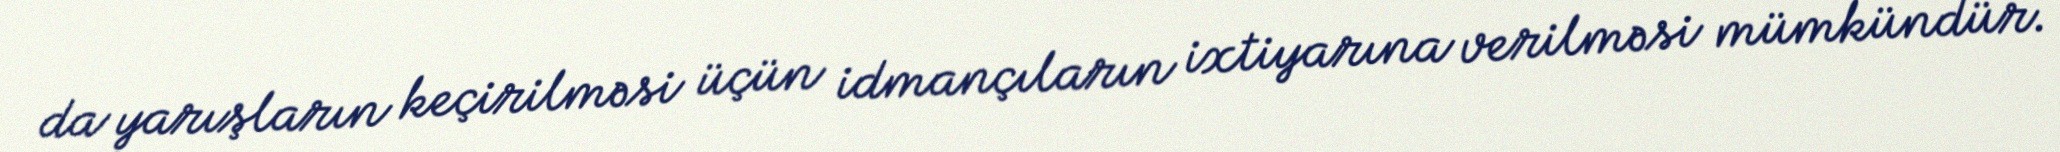
da yarışların keçirilməsi üçün idmançıların ixtiyarına verilməsi mümkündür.